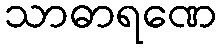
သာဓာရဏေ